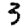
Digit: 3